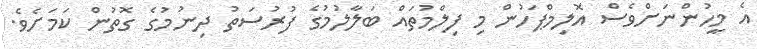
އެ މީހުންނަށްވެސް އޮލިމްޕަހުން މި ފިލްމުތައް ބަލާލުމުގެ ފުރުސަތު ދިނުމުގެ ގޮތުން ކަމަށެވެ.